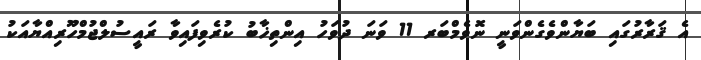
އެ ޤަރާރުގައި ބަޔާންވެގެންވަނީ ނޮވެމްބަރ 11 ވަނަ ދުވަހު އިންތިޚާބު ކުރެވިފައިވާ ރައީސުލްޖުމްހޫރިއްޔާއަކު